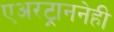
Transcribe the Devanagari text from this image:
एअरट्राननेही